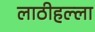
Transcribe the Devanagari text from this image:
लाठीहल्ला